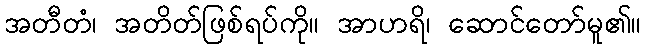
အတီတံ၊ အတိတ်ဖြစ်ရပ်ကို။ အာဟရိ၊ ဆောင်တော်မူ၏။